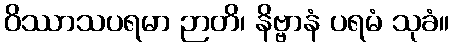
ဝိဿာသပရမာ ဉာတိ၊ နိဗ္ဗာနံ ပရမံ သုခံ။